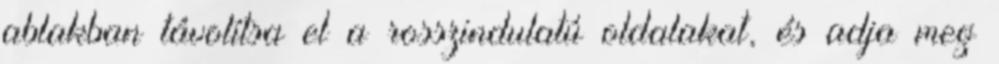
ablakban távolítsa el a rosszindulatú oldalakat, és adja meg